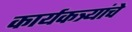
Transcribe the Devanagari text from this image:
कार्यकत्र्यांचे